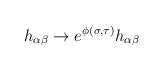
LaTeX: \begin{align*}h_{\alpha\beta}\to e^{\phi(\sigma,\tau)}h_{\alpha\beta}\end{align*}